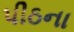
પીઠના